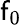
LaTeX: \mathsf{f}_{0}